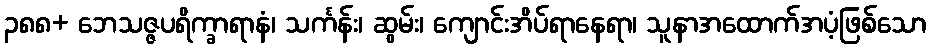
၃၈၈+ ဘေသဇ္ဇပရိက္ခာရာနံ၊ သင်္ကန်း၊ ဆွမ်း၊ ကျောင်းအိပ်ရာနေရာ၊ သူနာအထောက်အပံ့ဖြစ်သော